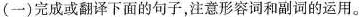
(一)完成或翻译下面的句子，注意形容词和副词的运用。